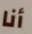
أنا